Civil Veterinary Dept. Bombay admin report 1914-1922 - 1914-1922
Year: 1914
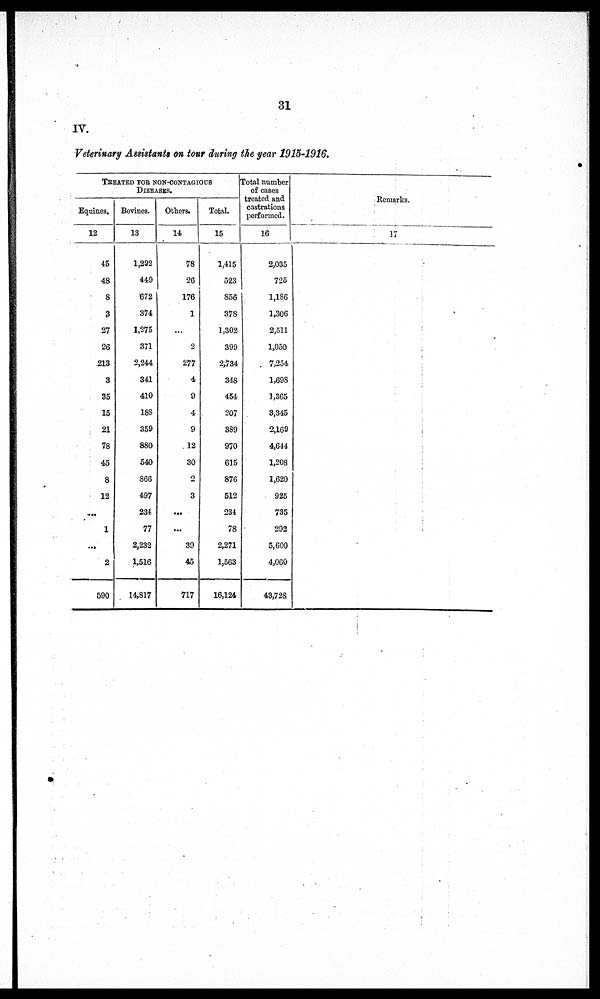
31
IV.
Veterinary Assistants on tour during the year 1915-1916.
TREATED FOR NON-CONTAGIOUS
DISEASES.
Equines.
12
45
48
8
3
27
26
213
3
35
15
21
78
45
8
12
...
1
...
2
590
Bovines.
13
1,292
449
672
374
1,275
371
2,244
341
410
188
359
880
540
866
497
234
77
2,232
1,516
14,817
Others.
14
78
26
176
1
...
2
277
4
9
4
9
12
30
2
3
...
...
39
45
717
Total.
15
1,415
523
856
378
1,302
399
2,734
348
454
207
389
970
615
876
512
234
78
2,271
1,563
16,124
Total number
of cases
treated and
castrations
performed.
16
2,035
725
1,186
1,306
2,511
1,050
7,254
1,698
1,365
3,345
2,169
4,644
1,208
1,620
925
735
292
5,600
4,060
43,728
Remarks.
17